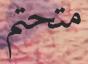
متحتم